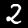
Digit: 2